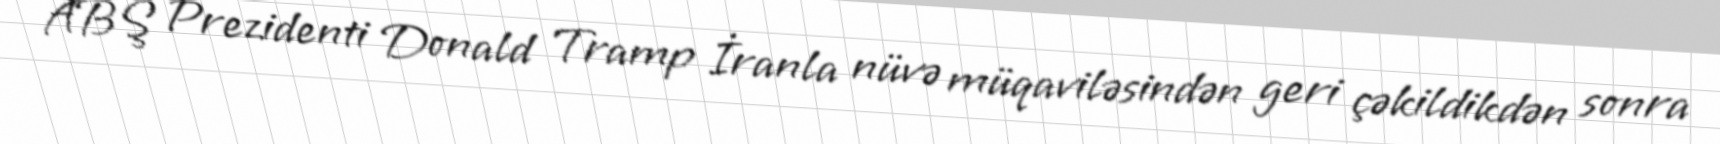
ABŞ Prezidenti Donald Tramp İranla nüvə müqaviləsindən geri çəkildikdən sonra